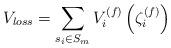
LaTeX: \begin{align*}V_{loss}=\sum_{s_i\in S_m} V_i^{(f)}\left(\zeta_i^{(f)}\right)\end{align*}